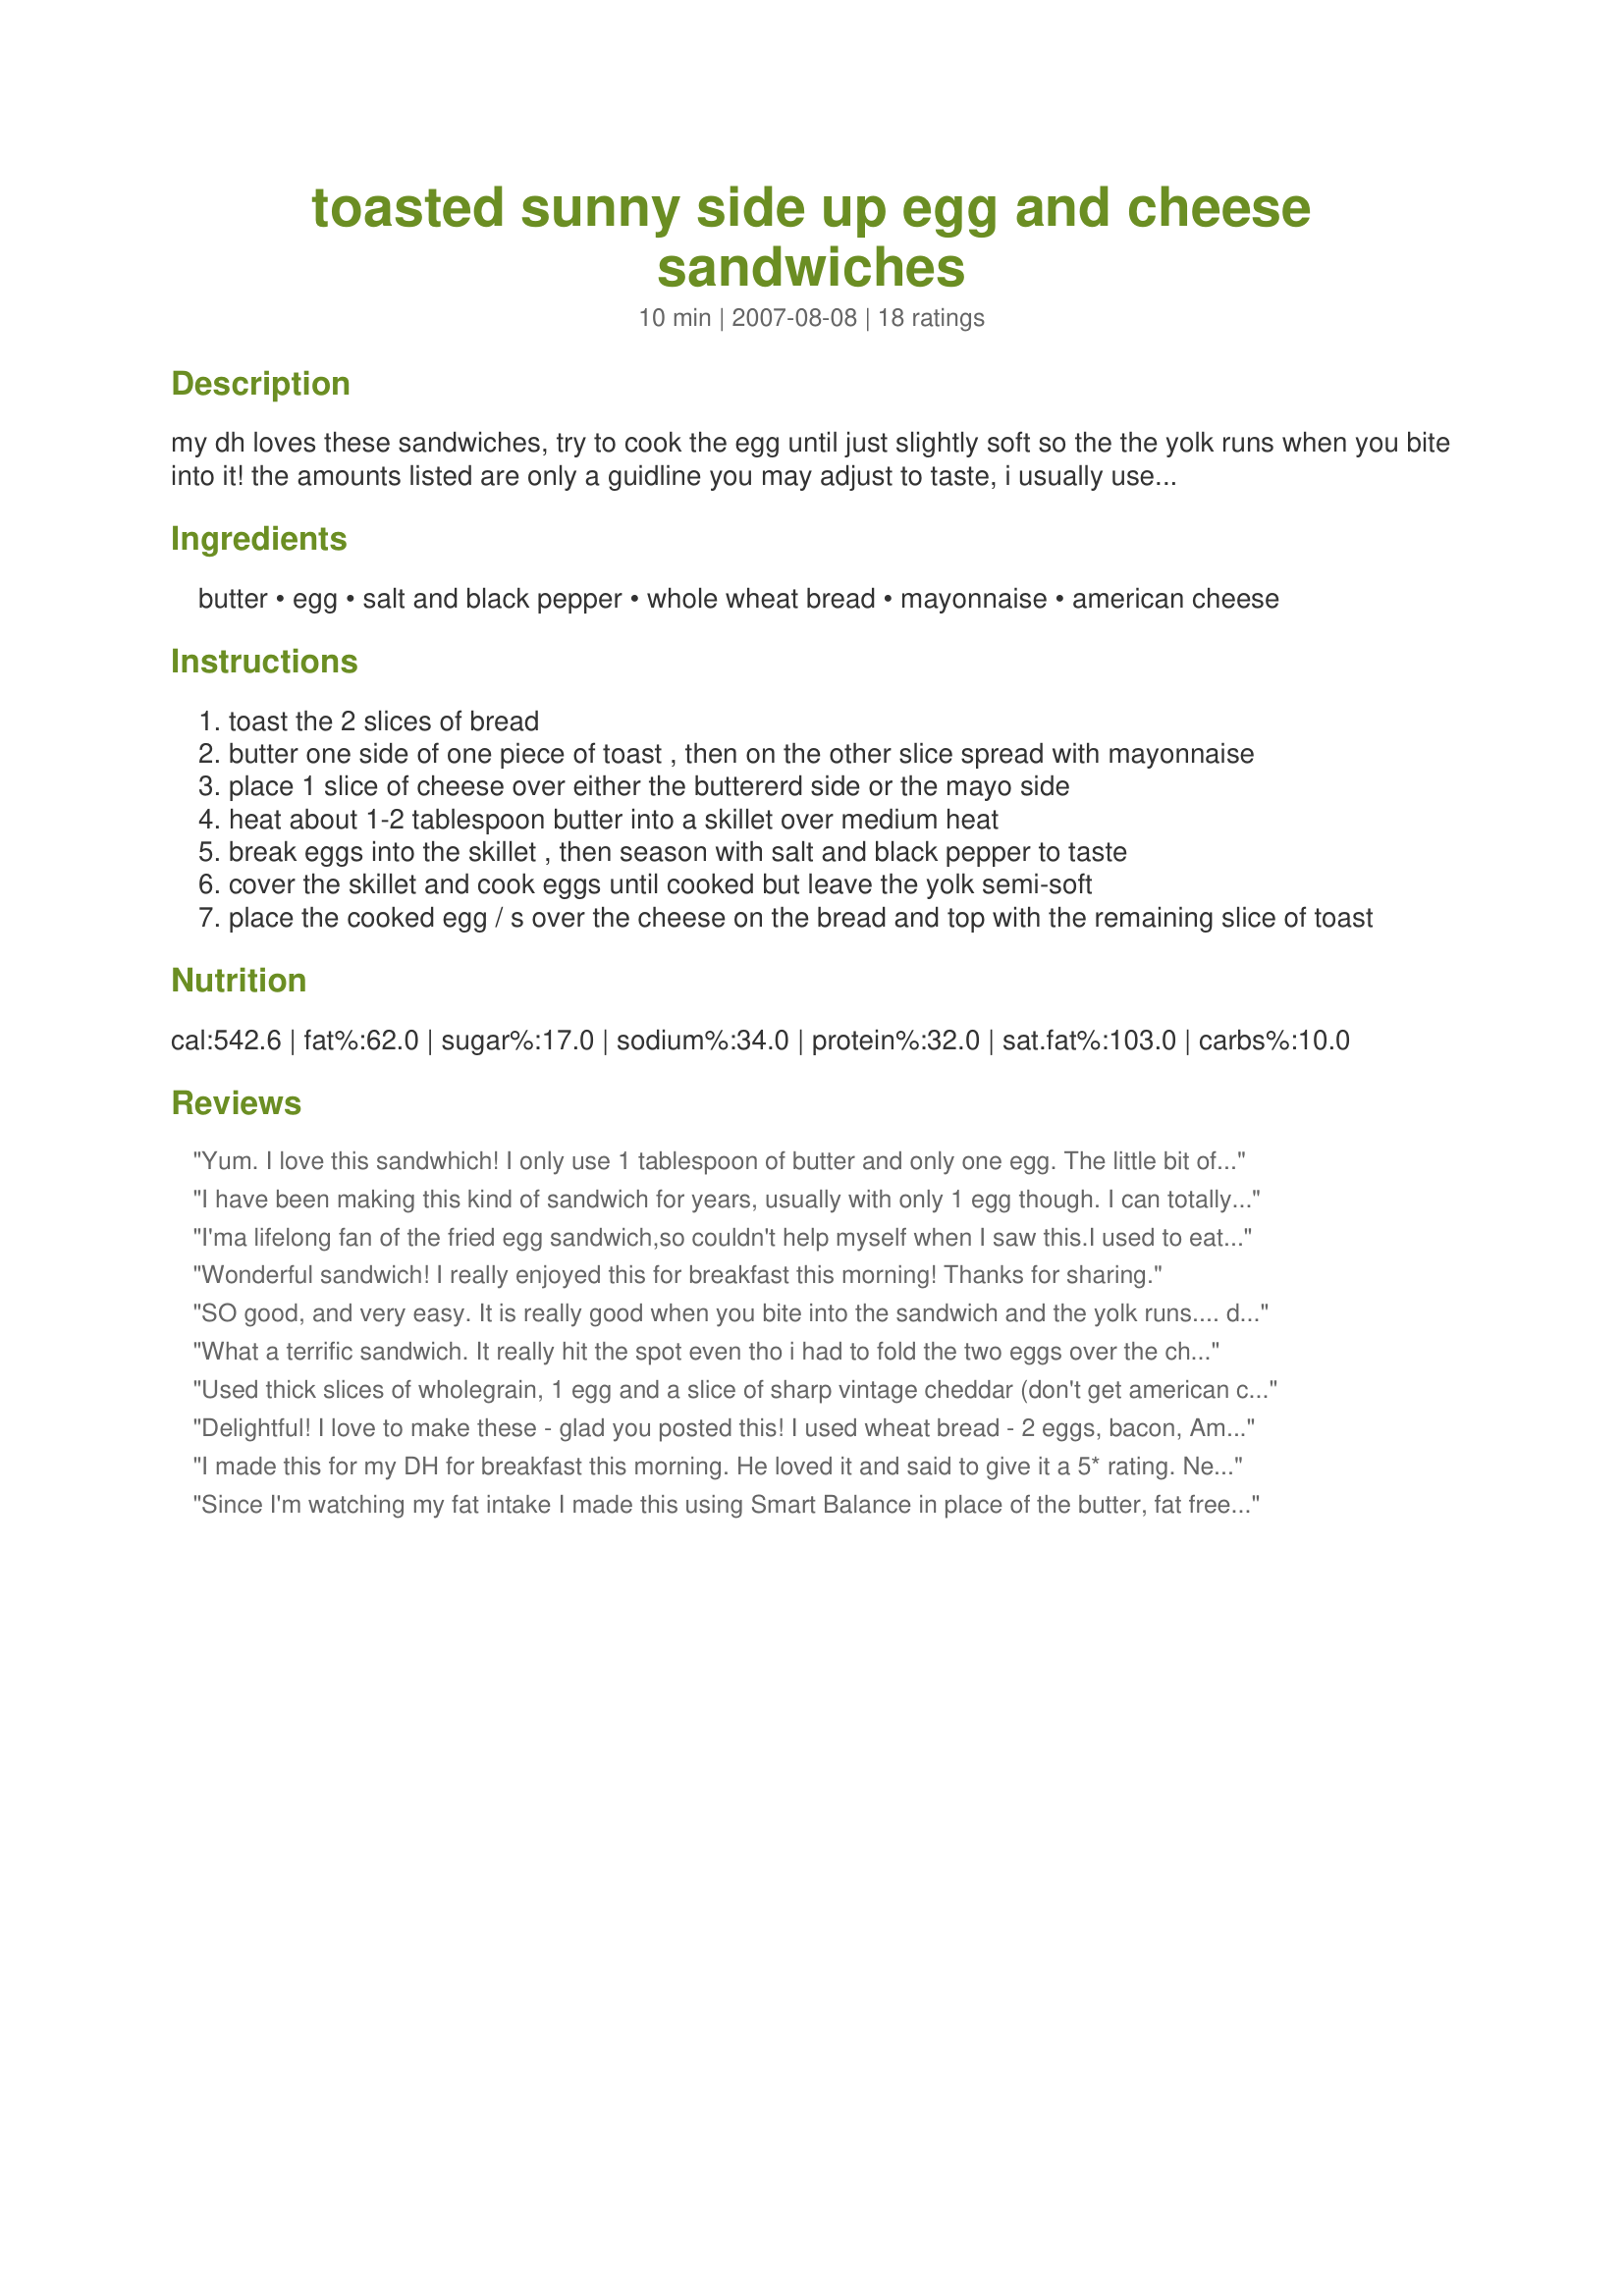
toasted sunny side up egg and cheese sandwiches
Preparation time: 10 minutes

my dh loves these sandwiches, try to cook the egg until just slightly soft so the the yolk runs when you bite into it! the amounts listed are only a guidline you may adjust to taste, i usually use 2 eggs for one sandwich, throw a couple slices of bacon or a pork breakfast patty on also, *soooo* good! :)

Ingredients:
butter, egg, salt and black pepper, whole wheat bread, mayonnaise, american cheese

Steps:
toast the 2 slices of bread
butter one side of one piece of toast , then on the other slice spread with mayonnaise
place 1 slice of cheese over either the buttererd side or the mayo side
heat about 1-2 tablespoon butter into a skillet over medium heat
break eggs into the skillet , then season with salt and black pepper to taste
cover the skillet and cook eggs until cooked but leave the yolk semi-soft
place the cooked egg / s over the cheese on the bread and top with the remaining slice of toast

Reviews:
Yum. I love this sandwhich! I only use 1 tablespoon of butter and only one egg. The little bit of mayo really adds something to this sandwich. I love making this when I'm hungry but don't want to really cook or use a lot of dishes.
I have been making this kind of sandwich for years, usually with only 1 egg though. I can totally vouch for this egg sandwich. I have been known to add sliced Mexican "mild" flavored Velveeta cheese when I have it on hand to give the sandwich a nice kick! Everyone should give it a try either way!
I'ma lifelong fan of the fried egg sandwich,so couldn't help myself when I saw this.I used to eat these things just about every weekend,when I got in from the pub after a fun packed night out!
The mayo was a new one on me,and I really liked it..making a nice change from good old Heinz ketchup.
These are also great with some crisp bacon (I used to melt the cheese with some ketchup onto the bread first).
You just can't go wrong with these,comforting as well as quick and easy....thanks Kit..I think I may start eating more of these,again!!
Wonderful sandwich! I really enjoyed this for breakfast this morning! Thanks for sharing.
SO good, and very easy. It is really good when you bite into the sandwich and the yolk runs.... down your chin, onto your clothes if you are not careful! But hey, it is a delicious way to start out your morning. I used white bread and used two eggs but got rid of some of the white of the second egg so what I really ended up with was a double yolk egg.
What a terrific sandwich. It really hit the spot even tho i had to fold the two eggs over the cheese because i made it so thick :)
Used thick slices of wholegrain, 1 egg and a slice of sharp vintage cheddar (don't get american cheese in Aus.) but I wasn't so careful and ended with some of the yolk on me. Delicious way to start the day. Thank you Kitten, made for New ZAAR Stars Tag Game. Added 2 slices of crispy bacon (1 rasher halfed) and oh so good, slurp up the yummy runny egg yolk.
Delightful! I love to make these - glad you posted this! I used wheat bread - 2 eggs, bacon, American cheese (although sometimes I make it like a toasted cheese with cheddar or swiss too) but opted not to use the full butter or mayo. ;) DEELISH!!! I also make this on english muffins toasted sometimes! Thanks for a keeper breakfast or anytime quickie for me - with or without the bacon!! 123 tag Sept. ;)
I made this for my DH for breakfast this morning. He loved it and said to give it a 5* rating. Next time he told me to add avocado and jalapeno! Thanks Kitten!
Since I'm watching my fat intake I made this using Smart Balance in place of the butter, fat free mayo, and only 1 egg. I did use the whole wheat bread and the American cheese. Wonderful, comfort food sandwich!
Very good! Thank you, Kittencal!
I love this sandwich! The mayo and cheese is a new idea as I have always eaten them with HP sauce, s & p. Tried it as written and it was yummy! Thanks Kittencal for a new version of an old favorite!
I have made these for years and still enjoy them! It's an old favorite breakfast idea that still is a winner.
Made this with thick slices of a heavy winter wheat bread, & the American cheese for a great drippy sandwich ~ Great for those of us who don't mind sloppy as long as it's tasty! Thanks for a keeper of a recipe! [Tagged, made & reviewed in Zaar Stars Tag Game]
We loved this dish. So easy to make too. I used cooking spray in place of the butter and light mayo. I also crumbled a slice of bacon on top to add to this delicious breakfast. Thanks Kitz
This was good and easy to make. I followed the recipe as written except I didn't add the mayonnaise. I liked that there was yolk to dip the bread into. Yummy - will be making again. I think I will try these on a bagel too.
I make this all the time.
Never thought of posting it.
It's a good one.
Justine
Nothing beats a great egg sandwich. Cheese is always a plus too, lol. I did skip the mayo as I am not a big fan so I buttered both pieces of toast lightly. I used sourdough for the toast.
